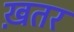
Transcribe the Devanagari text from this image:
ख़तर